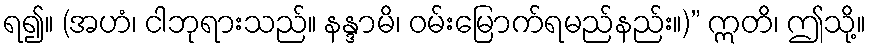
ရ၍။ (အဟံ၊ ငါဘုရားသည်။ နန္ဒာမိ၊ ဝမ်းမြောက်ရမည်နည်း။)” ဣတိ၊ ဤသို့။